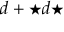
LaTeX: d + { \star } d { \star }